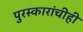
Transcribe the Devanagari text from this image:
पुरस्कारांचीही